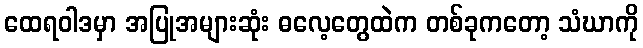
ထေရဝါဒမှာ အပြုအများဆုံး ဓလေ့တွေထဲက တစ်ခုကတော့ သံဃာကို